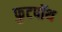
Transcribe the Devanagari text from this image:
फुटपॉथ